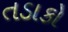
તડાકો